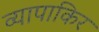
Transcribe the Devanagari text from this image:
व्यापाकिर